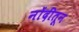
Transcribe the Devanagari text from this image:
नोंदींतून